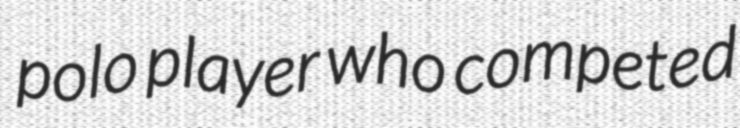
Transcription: polo player who competed